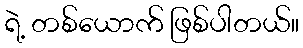
ရဲ့ တစ်ယောက် ဖြစ်ပါတယ်။